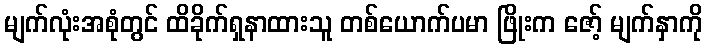
မျက်လုံးအစုံတွင် ထိခိုက်ရှနာထားသူ တစ်ယောက်ပမာ ဖြိုးက ဇော့် မျက်နှာကို